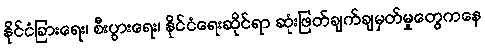
နိုင်ငံခြားရေး၊ စီးပွားရေး၊ နိုင်ငံရေးဆိုင်ရာ ဆုံးဖြတ်ချက်ချမှတ်မှုတွေကနေ